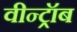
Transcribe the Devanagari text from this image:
वीन्ट्रॉब